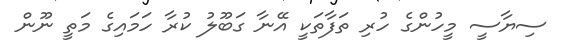
ސިޔާސީ މީހުންގެ ހުރި ތަފާތަކީ އޭނާ ގަބޫލު ކުރާ ހަމައިގެ މަތީ ނޫން